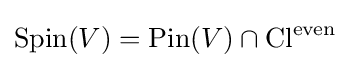
\operatorname {Spin} (V)=\operatorname {Pin} (V)\cap \operatorname {Cl} ^{\text{even}}